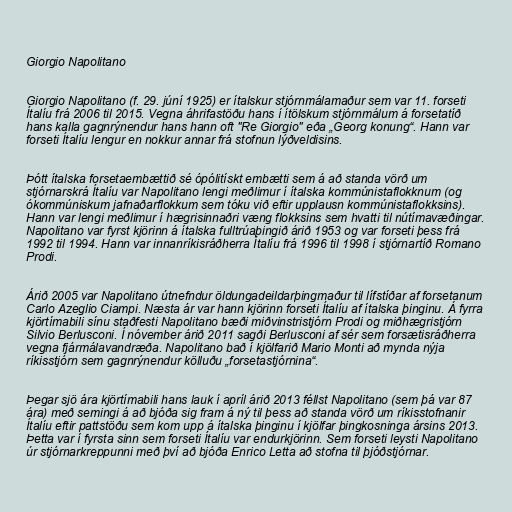
Giorgio Napolitano

Giorgio Napolitano (f. 29. júní 1925) er ítalskur stjórnmálamaður sem var 11. forseti
Ítalíu frá 2006 til 2015. Vegna áhrifastöðu hans í ítölskum stjórnmálum á forsetatíð
hans kalla gagnrýnendur hans hann oft "Re Giorgio" eða „Georg konung“. Hann var
forseti Ítalíu lengur en nokkur annar frá stofnun lýðveldisins.

Þótt ítalska forsetaembættið sé ópólitískt embætti sem á að standa vörð um
stjórnarskrá Ítalíu var Napolitano lengi meðlimur í ítalska kommúnistaflokknum (og
ókommúniskum jafnaðarflokkum sem tóku við eftir upplausn kommúnistaflokksins).
Hann var lengi meðlimur í hægrisinnaðri væng flokksins sem hvatti til nútímavæðingar.
Napolitano var fyrst kjörinn á ítalska fulltrúaþingið árið 1953 og var forseti þess frá
1992 til 1994. Hann var innanríkisráðherra Ítalíu frá 1996 til 1998 í stjórnartíð Romano
Prodi.

Árið 2005 var Napolitano útnefndur öldungadeildarþingmaður til lífstíðar af forsetanum
Carlo Azeglio Ciampi. Næsta ár var hann kjörinn forseti Ítalíu af ítalska þinginu. Á fyrra
kjörtímabili sínu staðfesti Napolitano bæði miðvinstristjórn Prodi og miðhægristjórn
Silvio Berlusconi. Í nóvember árið 2011 sagði Berlusconi af sér sem forsætisráðherra
vegna fjármálavandræða. Napolitano bað í kjölfarið Mario Monti að mynda nýja
ríkisstjórn sem gagnrýnendur kölluðu „forsetastjórnina“.

Þegar sjö ára kjörtímabili hans lauk í apríl árið 2013 féllst Napolitano (sem þá var 87
ára) með semingi á að bjóða sig fram á ný til þess að standa vörð um ríkisstofnanir
Ítalíu eftir pattstöðu sem kom upp á ítalska þinginu í kjölfar þingkosninga ársins 2013.
Þetta var í fyrsta sinn sem forseti Ítalíu var endurkjörinn. Sem forseti leysti Napolitano
úr stjórnarkreppunni með því að bjóða Enrico Letta að stofna til þjóðstjórnar.